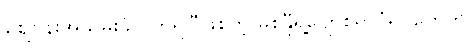
စျေဗန်းအသိမ်းခံလိုက်ရပြီဖြစ်တဲ့ မိစန္ဒီရဲ့ပျော်စရာပုံရိပ်တွေကို